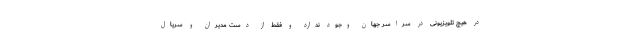
در هیچ تلویزیونی در سراسر جهان وجود ندارد و فقط از دست مدیران و سریال